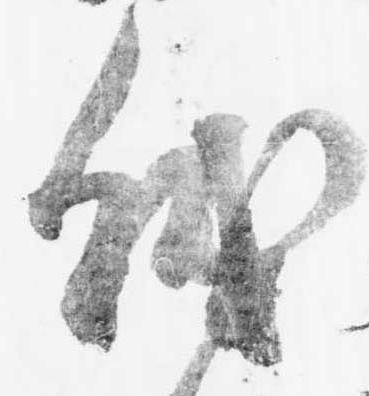
儀